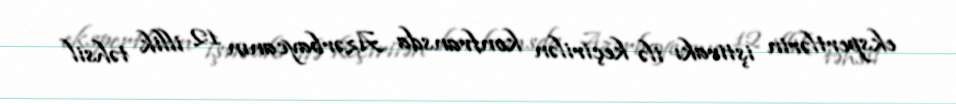
ekspertlərin iştirakı ilə keçirilən konfransda Azərbaycanın 12 illik təhsil